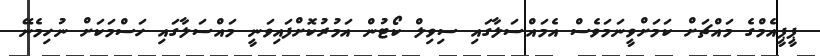
ޕީޕީއެމްގެ މައްޗަށް ކަމަށްވީނަމަވެސް އެމައްސަލާގައި ސިވިލް ކޯޓުން އަމުރުކޮށްފައިވަނީ މައްސަލާގައި ހަސްމަކަށް ނުހިމެނޭ